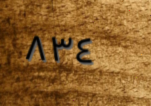
٨٣٤